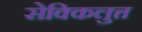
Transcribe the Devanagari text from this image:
सेक्किलुत्त